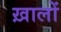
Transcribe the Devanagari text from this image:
ख़ालों